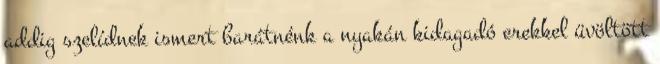
addig szelídnek ismert barátnénk a nyakán kidagadó erekkel üvöltött